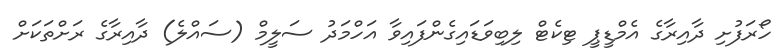
ހޯރަފުށި ދާއިރާގެ އެމްޑީޕީ ޓިކެޓް ލިބިވަޑައިގެންފައިވާ އަހްމަދު ސަލީމް (ސައްލެ) ދާއިރާގެ ރަށްތަކަށް